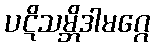
ပဋိသမ္ဘိဒါမဂ္ဂေ